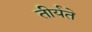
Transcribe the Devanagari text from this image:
तीर्यते